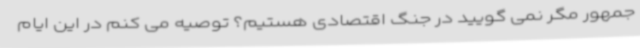
جمهور مگر نمی گویید در جنگ اقتصادی هستیم؟ توصیه می کنم در این ایام